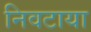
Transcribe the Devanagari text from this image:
निवटाया